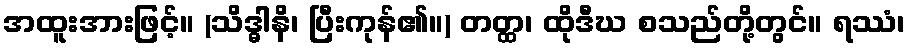
အထူးအားဖြင့်။ (သိဒ္ဓါနိ၊ ပြီးကုန်၏။) တတ္ထ၊ ထိုဒီဃ စသည်တို့တွင်။ ရဿံ၊